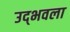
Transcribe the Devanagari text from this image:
उद्‍भवला